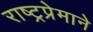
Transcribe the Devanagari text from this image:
राष्ट्रप्रेमाने